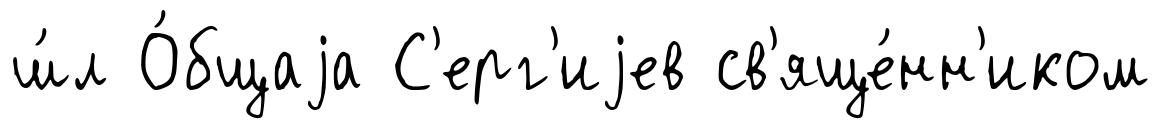
ш́л О́бщаjа С'ерг'иjев св'яще́нн'иком